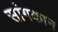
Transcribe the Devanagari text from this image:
सांगकान